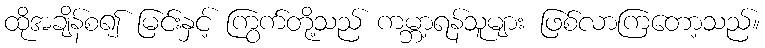
ထိုအချိန်စ၍ မြင်းနှင့် ကြွက်တို့သည် ကမ္ဘာ့ရန်သူများ ဖြစ်လာကြတော့သည်။